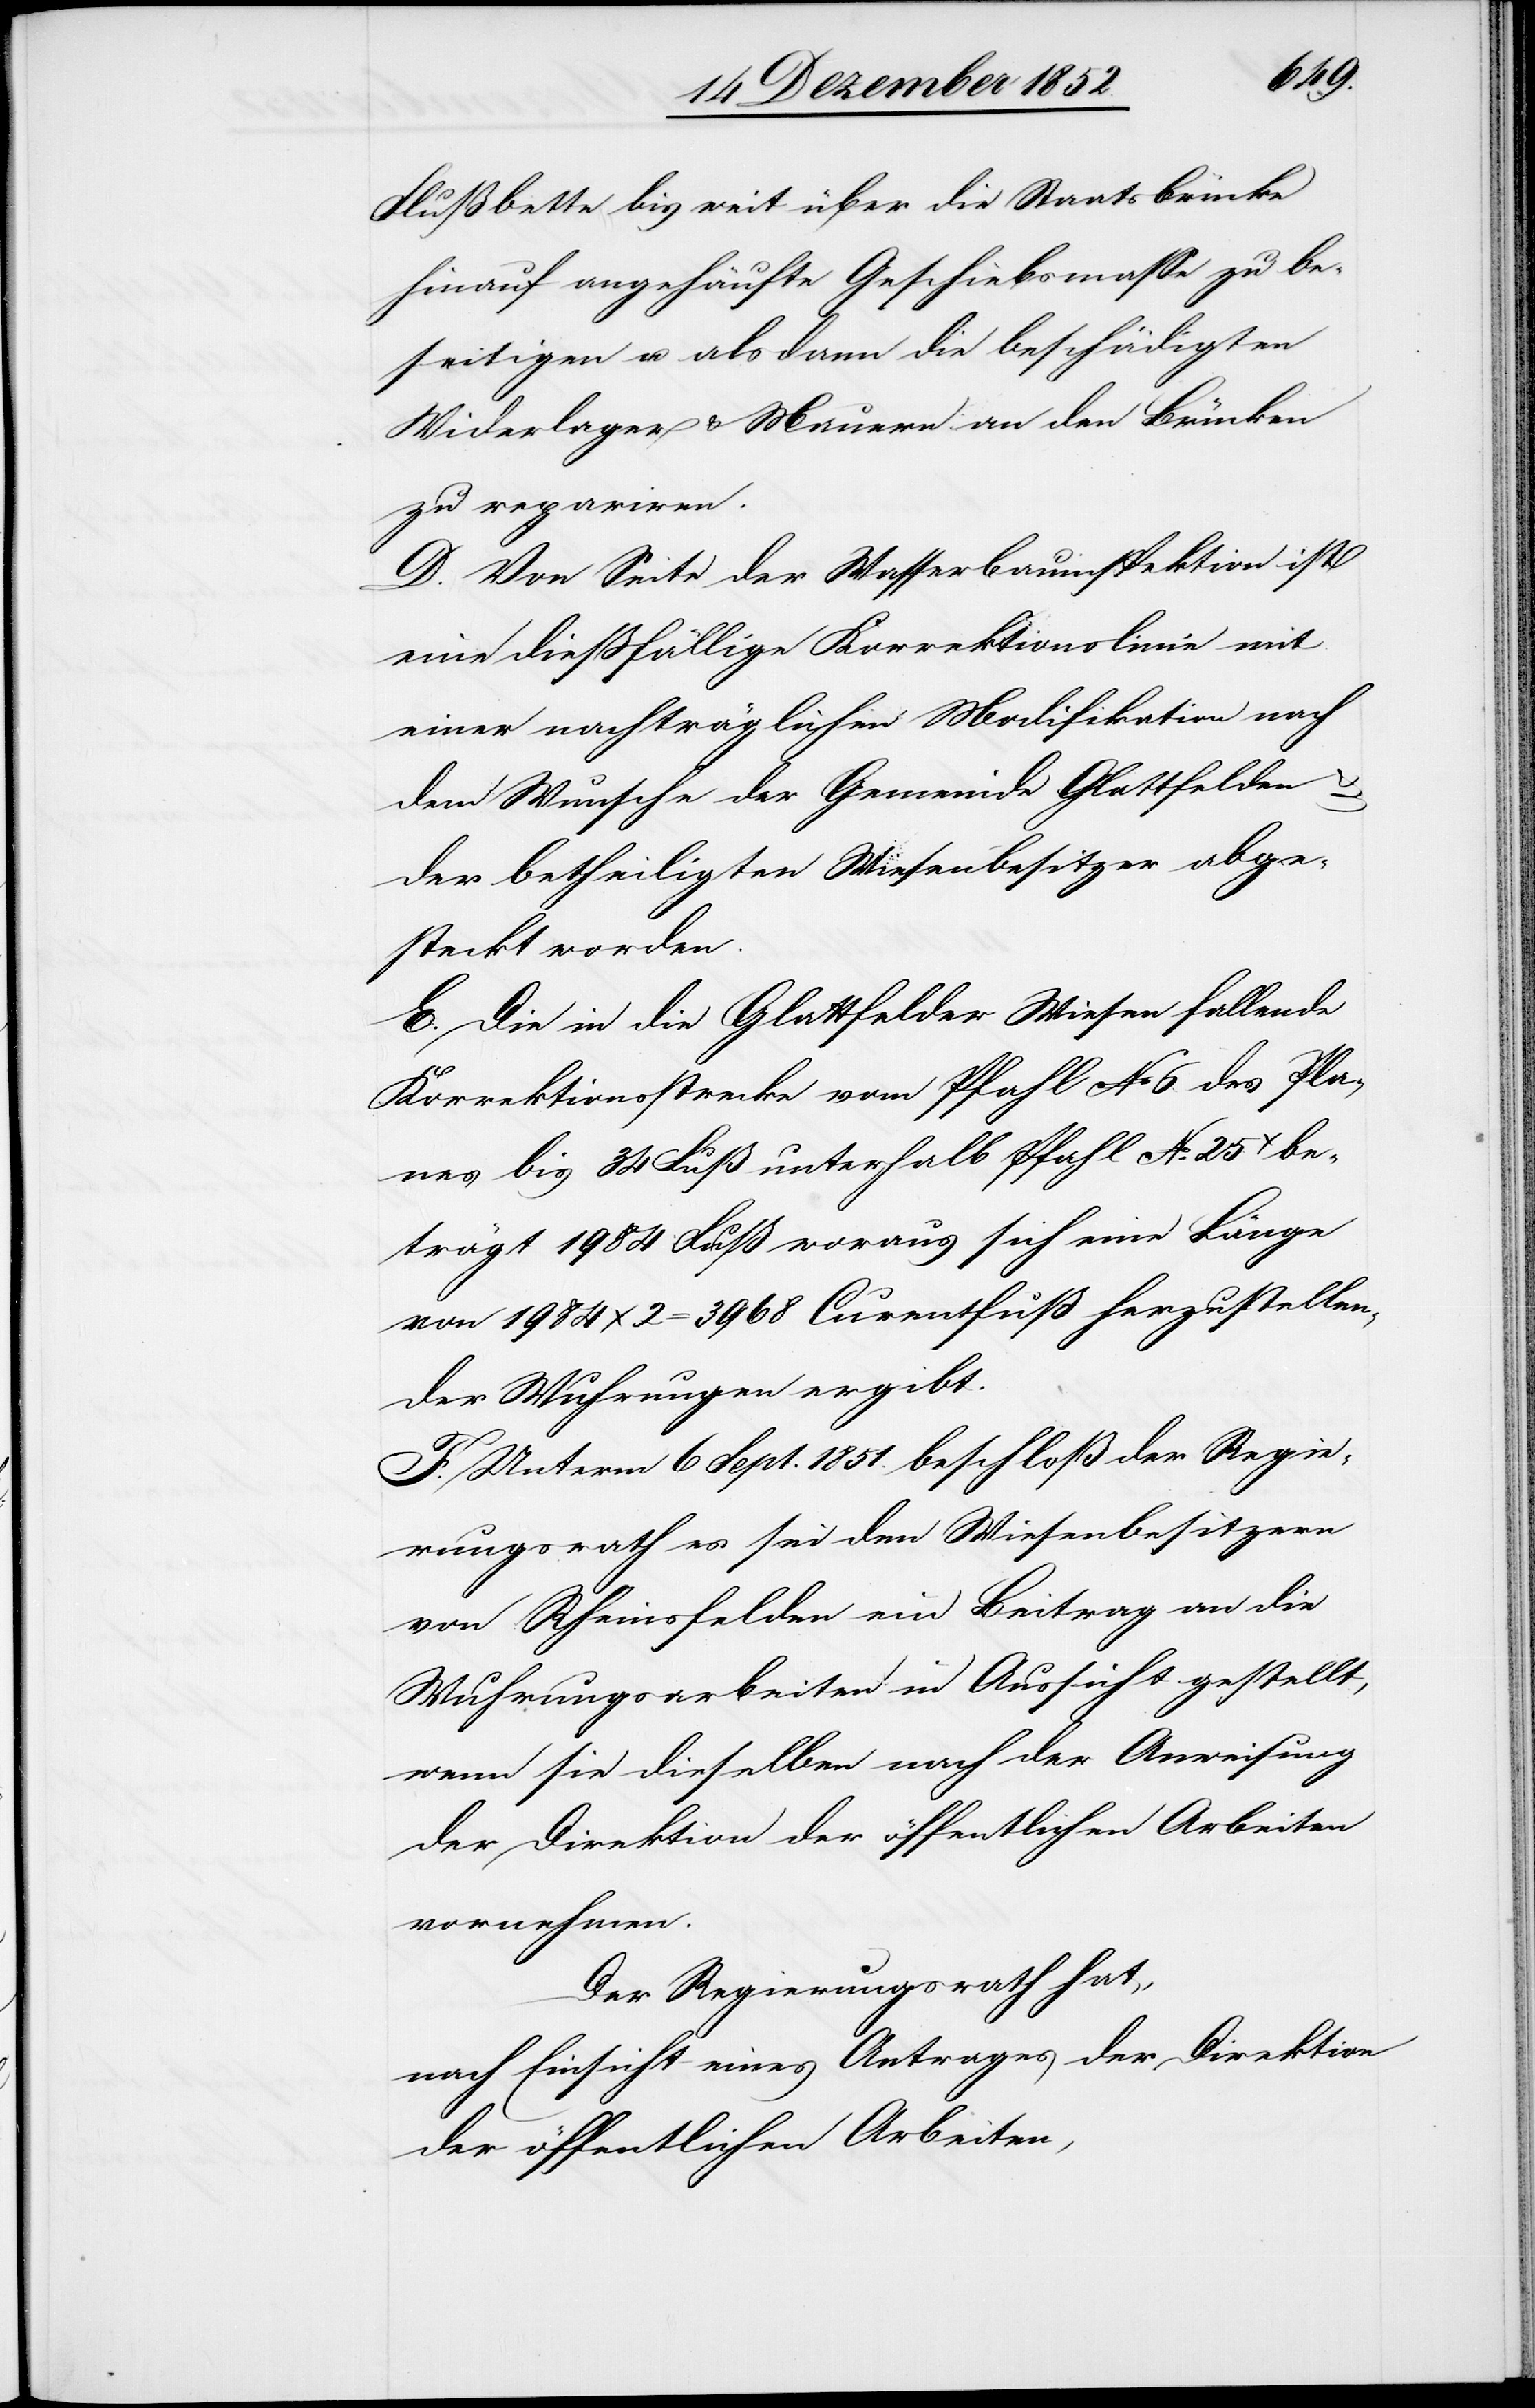
Flußbette bis weit über die Staatsbrücke
hinauf angehäufte Geschiebsmasse zu be¬
seitigen u. alsdann die beschädigten
Widerlager & Mauern an den Brücken
zu repariren.
D. Von Seite der Wasserbauinspektion ist
eine dießfällige Korrektionslinie mit
einer nachträglichen Modifikation nach
dem Wunsche der Gemeinde Glattfelden &
der betheiligten Wiesenbesitzer abge¬
steckt worden.
E. Die in die Glattfelder Wiesen fallende
Korrektionsstrecke vom Pfahl No 6. des Pla¬
nes bis 34 Fuß unterhalb Pfahl No. 25y be¬
trägt 1984 Fuß woraus sich eine Länge
von 1984 x 2 = 3968 Curentfuß herzustellen¬
der Wuhrungen ergibt.
F. Unterm 6 Sept. 1851. beschloß der Regie¬
rungsrath es sei den Wiesenbesitzern
von Rheinsfelden ein Beitrag an die
Wuhrungsarbeiten in Aussicht gestellt,
wenn sie dieselben nach der Anweisung
der Direktion der öffentlichen Arbeiten
vornehmen.
Der Regierungsrath hat,
nach Einsicht eines Antrages der Direktion
der öffentlichen Arbeiten,